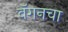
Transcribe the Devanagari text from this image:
वॅगनचा